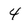
Character: 4